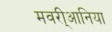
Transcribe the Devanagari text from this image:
मवरी्आनिया